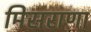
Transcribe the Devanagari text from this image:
मिसराणा